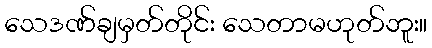
သေဒဏ်ချမှတ်တိုင်း သေတာမဟုတ်ဘူး။